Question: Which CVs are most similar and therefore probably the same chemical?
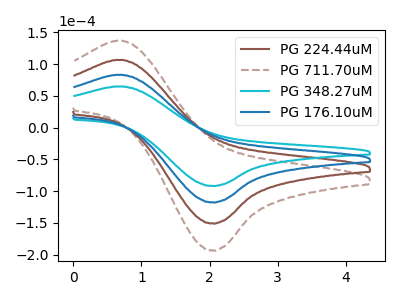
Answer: <think>The brown curve "PG 224.44uM" has an anodic peak at (0.70V, 166.55uA) and a cathodic peak at (2.05V, -235.15uA). The brown dashed curve "PG 711.70uM" has an anodic peak at (0.70V, 249.85uA) and a cathodic peak at (2.05V, -352.70uA). The cyan curve "PG 348.27uM" has an anodic peak at (0.70V, 64.95uA) and a cathodic peak at (2.05V, -91.70uA). The blue curve "PG 176.10uM" has an anodic peak at (0.70V, 83.30uA) and a cathodic peak at (2.05V, -117.55uA).
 All the peaks in "PG 224.44uM" have a peak in "PG 711.70uM" at the same potential. Every peak in "PG 224.44uM" is lower than every peak in "PG 711.70uM". All the peaks in "PG 224.44uM" have a peak in "PG 348.27uM" at the same potential. Every peak in "PG 224.44uM" is higher than every peak in "PG 348.27uM". All the peaks in "PG 224.44uM" have a peak in "PG 176.10uM" at the same potential. Every peak in "PG 224.44uM" is higher than every peak in "PG 176.10uM". All the peaks in "PG 711.70uM" have a peak in "PG 348.27uM" at the same potential. Every peak in "PG 711.70uM" is higher than every peak in "PG 348.27uM". All the peaks in "PG 711.70uM" have a peak in "PG 176.10uM" at the same potential. Every peak in "PG 711.70uM" is higher than every peak in "PG 176.10uM". All the peaks in "PG 348.27uM" have a peak in "PG 176.10uM" at the same potential. Every peak in "PG 348.27uM" is lower than every peak in "PG 176.10uM".</think>
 <answer>"PG 348.27uM", "PG 224.44uM", "PG 711.70uM" and "PG 176.10uM" have the same shape and are likely CV's of the same chemical.</answer>
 <eval>"PG 348.27uM" "PG 224.44uM" "PG 711.70uM" "PG 176.10uM"</eval>